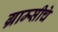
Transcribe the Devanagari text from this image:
ग्राम्सीचे